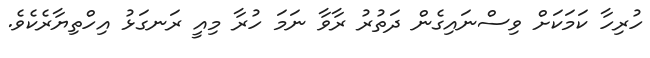
ހުރިހާ ކަމަކަށް ވިސްނައިގެން ދަތުރު ރާވާ ނަމަ ހުރާ މިއީ ރަނގަޅު އިހްތިޔާރެކެވެ.